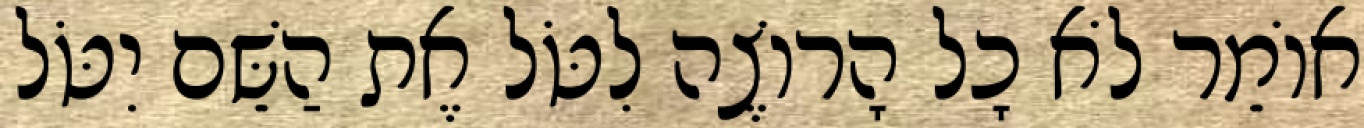
אוֹמֵר לֹא כָל הָרוֹצֶה לִטֹּל אֶת הַשֵּׁם יִטֹּל